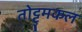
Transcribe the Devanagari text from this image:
तोट्टुमकल